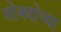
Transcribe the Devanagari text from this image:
तोक्योच्या